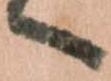
へ